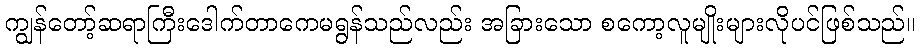
ကျွန်တော့်ဆရာကြီးဒေါက်တာကေမရွန်သည်လည်း အခြားသော စကော့လူမျိုးများလိုပင်ဖြစ်သည်။